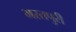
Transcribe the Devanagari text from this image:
भरतपुरी